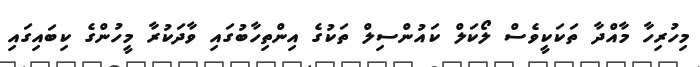
މިހުރިހާ މާއްދާ ތަކަކީވެސް ލޯކަލް ކައުންސިލް ތަކުގެ އިންތިހާބުގައި ވާދަކުރާ މީހުންގެ ކިބައިގައި